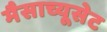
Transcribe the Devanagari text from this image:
मैसाच्यूसेट